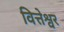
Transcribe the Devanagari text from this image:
वित्तेश्वर